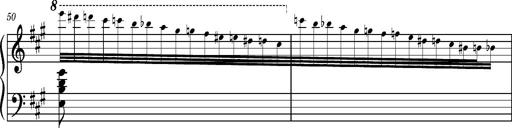
Title: Ungarischer Romanzero
Composer: Franz Liszt